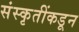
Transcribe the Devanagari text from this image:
संस्कृतींकडून